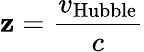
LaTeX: \mathbf{z}={\frac{{v_{\mathrm{{Hubble}}}}}{{c}}}